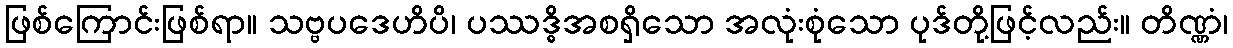
ဖြစ်ကြောင်းဖြစ်ရာ။ သဗ္ဗပဒေဟိပိ၊ ပဿဒ္ဓိအစရှိသော အလုံးစုံသော ပုဒ်တို့ဖြင့်လည်း။ တိဏ္ဏံ၊